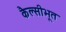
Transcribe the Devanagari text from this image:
कैल्सीभूत